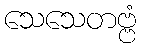
သေသေတဗ္ဗံ